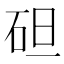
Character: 𥑲